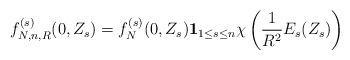
LaTeX: \begin{align*}f_{N,n,R}^{(s)} (0,Z_s) = f_N^{(s)} (0,Z_s) \mathbf{1}_{1 \leq s \leq n}\chi \left( \frac{1}{R^2} E_s (Z_s)\right)\end{align*}